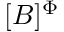
\ [ B ] ^ { \Phi }